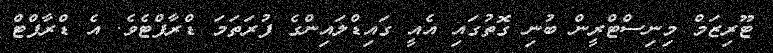
ޓޫރިޒަމް މިނިސްޓްރީން ބުނި ގޮތުގައި އެއީ ގައިޑްލައިންގެ ފުރަތަމަ ޑްރާފްޓެވެ. އެ ޑްރާފްޓް